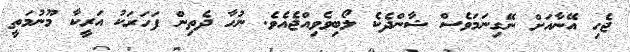
ޖެހި އޭނާއަށް ނޭގިނަމަވެސް ޝާންދެކެ ލޯބިވެވިއްޖެއެވެ. ނުހާ ދެތިން ފަހަރަކު އަރީކާ މޫނުމަތީ